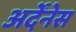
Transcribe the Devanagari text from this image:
अर्देंनेस